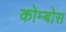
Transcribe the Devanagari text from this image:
कोम्बोस